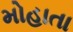
મોહાતા